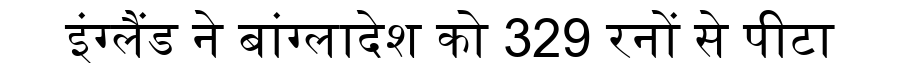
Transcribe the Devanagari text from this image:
इंग्लैंड ने बांग्लादेश को 329 रनों से पीटा